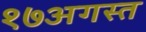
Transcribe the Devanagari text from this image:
१७अगस्त